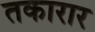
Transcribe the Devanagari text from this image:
तकारार